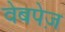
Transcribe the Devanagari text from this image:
वेबपेज़